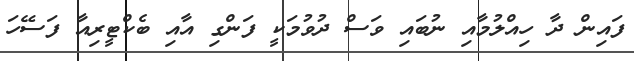
ފައިން ދާ ހިއްލުމާއި ނުބައި ވަސް ދުވުމަކީ ފަންގި އާއި ބެކްޓީރިއާ ފަސޭހަ